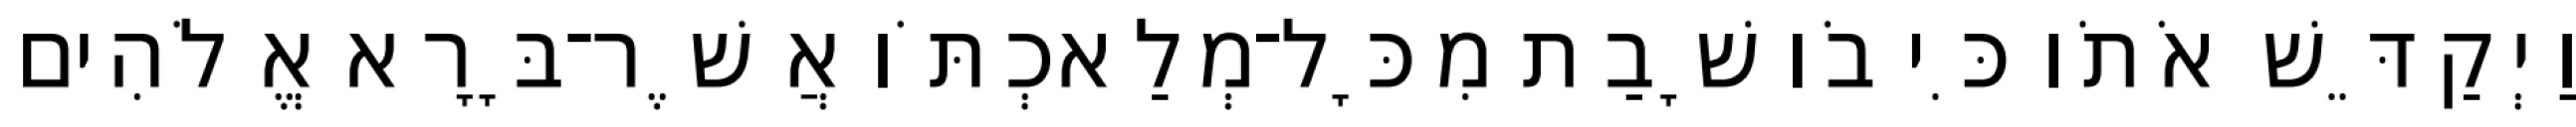
וַיְקַדֵּשׁ אֹתֹו כִּי בֹו שָׁבַת מִכָּל־מְלַאכְתֹּו אֲשֶׁר־בָּרָא אֱלֹהִים